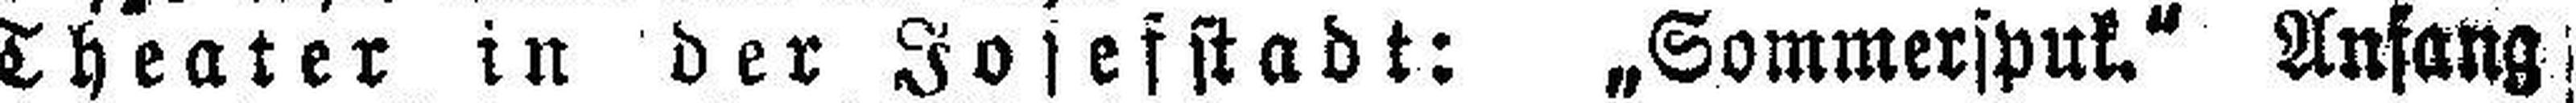
Theater in der Josefstadt: „Sommerspuk.“ Anfang